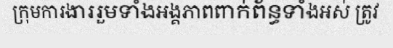
ក្រុមការងាររួមទាំងអង្គភាពពាក់ព័ន្ធទាំងអស់ ត្រូវ